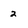
Character: 2